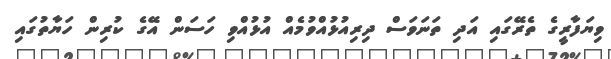
ވިޔަފާރީގެ ތެރޭގައި އަދި ތަނަވަސް ދިރިއުޅުއްވުމެއް އުޅުއްވި ހަސަން އޭގެ ކުރިން ހަޔާތުގައި